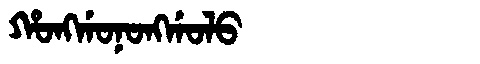
Manchu: ᡥᠣᠩᡤᠣᠨᠣᠩᡤᠣᠯᠣ
Romanization: HONGGONONGGOLO